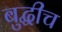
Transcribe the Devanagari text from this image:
बुद्धीच